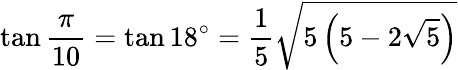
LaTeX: \tan{\frac{\pi}{10}}=\tan 18^{\circ}={\frac{1}{5}}{\sqrt{5\left(5-2{\sqrt{5}}\right)}}